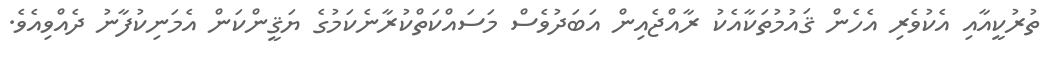
ތުރުކީއާއި އެކުވެރި އެހެން ޤައުމުތަކާއެކު ރާއްޖެއިން އަބަދުވެސް މަސައްކަތްކުރާނެކަމުގެ ޔަޤީންކަން އެމަނިކުފާނު ދެއްވިއެވެ.